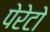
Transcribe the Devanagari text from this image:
पेरेटो